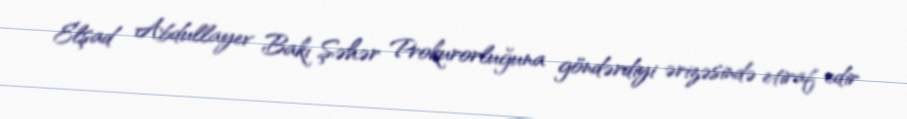
Elşad Abdullayev Bakı Şəhər Prokurorluğuna göndərdiyi ərizəsində etiraf edir